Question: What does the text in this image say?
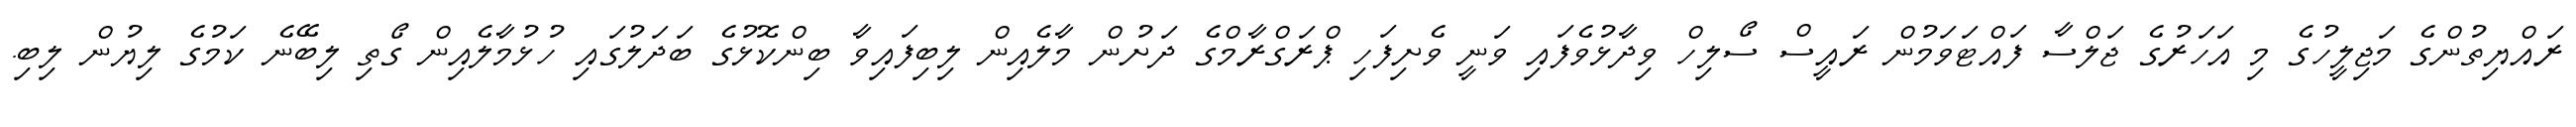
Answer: ރައްޔިތުންގެ މަޖިލީހުގެ މި އަހަރުގެ ޖަލްސާ ފައްޓަވަމުން ރައީސް ސޯލިހް ވިދާޅުވެފައި ވަނީ ވެށިފަހި ޕްރަގްރާމްގެ ދަށުން މާލެއިން ލިބިފައިވާ ބިންކޮޅުގެ ބަދަލުގައި ހުޅުމާލެއިން ގޯތި ލިބޭނެ ކަމުގެ ލިޔުން ލިބި.